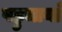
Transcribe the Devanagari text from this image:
पहुचायाँ